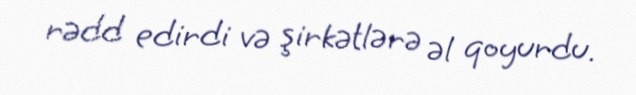
rədd edirdi və şirkətlərə əl qoyurdu.